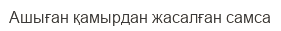
Ашыған қамырдан жасалған самса